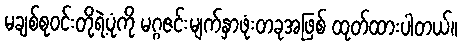
မချစ်စုဝင်းတို့ရဲ့ပုံကို မဂ္ဂဇင်းမျက်နှာဖုံးတခုအဖြစ် ထုတ်ထားပါတယ်။